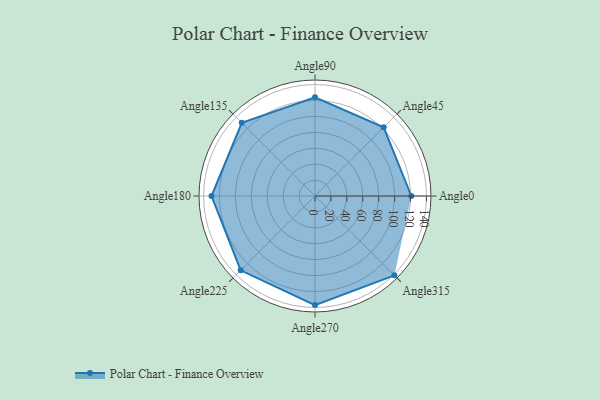
{"axis": {"x": "Angle", "y": "Radius"}, "legend": [""], "data": [{"x": "Angle0", "y": 121.0, "type": ""}, {"x": "Angle45", "y": 122.0, "type": ""}, {"x": "Angle90", "y": 124.0, "type": ""}, {"x": "Angle135", "y": 130.0, "type": ""}, {"x": "Angle180", "y": 130.0, "type": ""}, {"x": "Angle225", "y": 132.0, "type": ""}, {"x": "Angle270", "y": 137.0, "type": ""}, {"x": "Angle315", "y": 141.0, "type": ""}]}